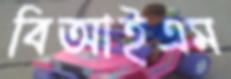
বিআইএম